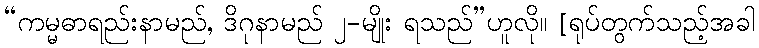
“ကမ္မဓာရည်းနာမည်, ဒိဂုနာမည် ၂-မျိုး ရသည်”ဟူလို။ [ရုပ်တွက်သည့်အခါ